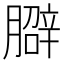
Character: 𱼜